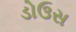
ડોઉસ